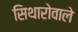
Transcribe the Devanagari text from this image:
सिथारोवाले